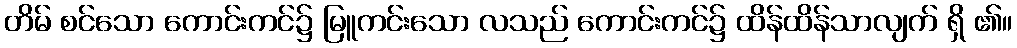
တိမ် စင်သော ကောင်းကင်၌ မြူကင်းသော လသည် ကောင်းကင်၌ ထိန်ထိန်သာလျက် ရှိ ၏။